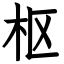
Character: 枢